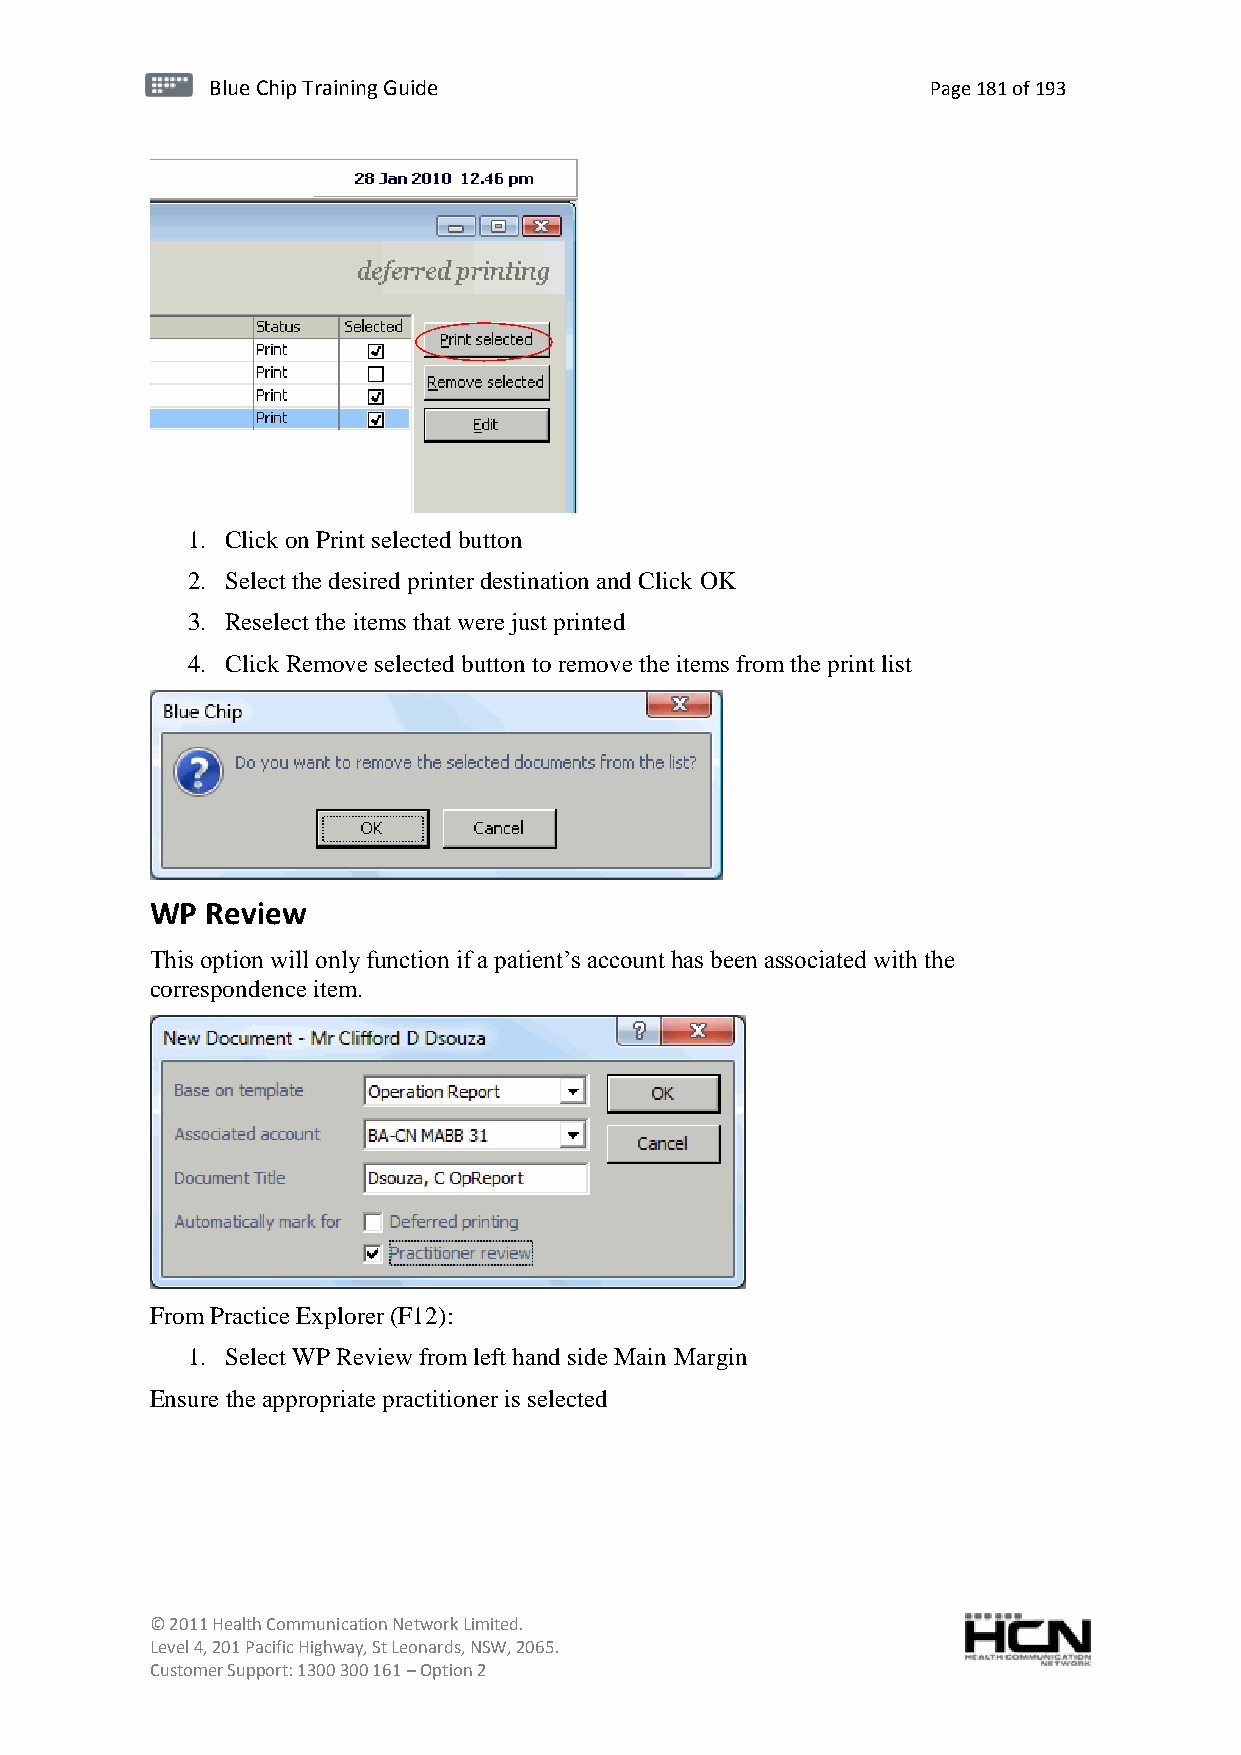
BBlluuee C Chihpi pTr Tairnainingi Gnugi dGeu ide Page 181 of 193
 1. Click on Print selected button
 2. Select the desired printer destination and Click OK
 3. Reselect the items that were just printed
 4. Click Remove selected button to remove the items from the print list
 WP  Review
 This option will only function if a patient’s account has been associated with the
 correspondence item.
 From Practice Explorer (F12):
 1. Select WP Review from left hand side Main Margin
 Ensure the appropriate practitioner is selected
 © 2011 Health Communication Network Limited.
 Level 4, 201 Pacific Highway, St Leonards, NSW, 2065.
 Customer Support: 1300 300 161 – Option 2